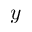
y